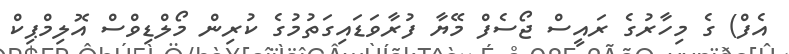
އެފް) ގެ މިހާރުގެ ރައީސް ޖޯސެފް މޭޔާ ފުރާވަޑައިގަތުމުގެ ކުރިން މޯލްޑިވްސް އޮލިމްޕިކް